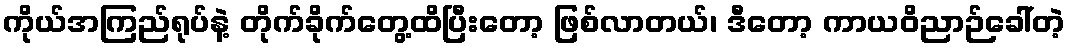
ကိုယ်အကြည်ရုပ်နဲ့ တိုက်ခိုက်တွေ့ထိပြီးတော့ ဖြစ်လာတယ်၊ ဒီတော့ ကာယဝိညာဉ်ခေါ်တဲ့